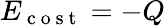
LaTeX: E_{\mathrm{~c~o~s~t~}}=-Q